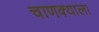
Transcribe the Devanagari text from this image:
चाणक्याला